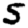
Digit: 5